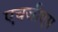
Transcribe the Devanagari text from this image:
एचजीएस